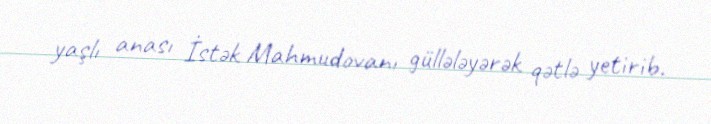
yaşlı anası İstək Mahmudovanı güllələyərək qətlə yetirib.